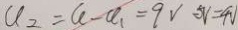
a _ { 2 } = a - a _ { 1 } = 9 V 5 V = 4 V